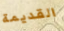
القديمة